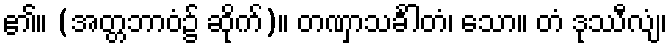
၏။ (အတ္တဘာဝံ၌ ဆိုက်)။ တဏှာသင်္ခါတံ၊ သော။ တံ ဒုဿီလျံ၊